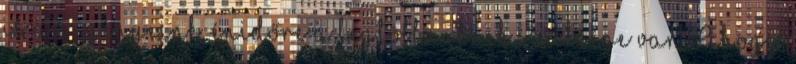
is az igényeink, énidőre a legtöbbünknek szüksége van. Ahogy